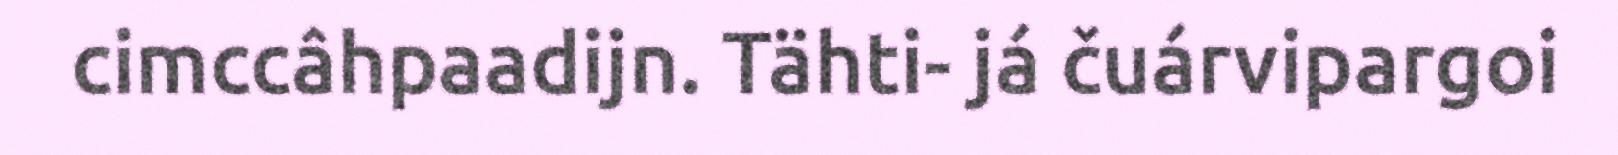
cimccâhpaadijn. Tähti- já čuárvipargoi